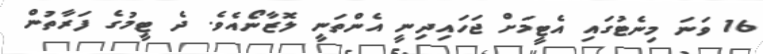
16 ވަނަ މިނެޓުގައި އެޓީމަށް ޖަހައިދިނީ އެންތަނީ ލޮޒާނޯއެވެ. ދެ ޓީމުގެ ފަރާތުން